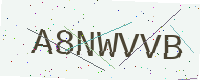
Text: A8NWVVB